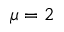
\mu = 2